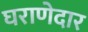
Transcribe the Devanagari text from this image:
घराणेदार